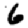
Digit: 6